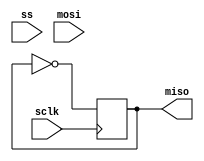
module amc7823_sim (
	input ss,
	output miso,
	input mosi,
	input sclk
);
// pin    ss is        IO_L18N_T2_32 bank  32 bus_digitizer_U15[2]       AB20
// pin  miso is        IO_L18P_T2_32 bank  32 bus_digitizer_U15[1]       AB19
// pin  mosi is        IO_L23N_T3_32 bank  32 bus_digitizer_U18[3]        V19
// pin  sclk is        IO_L17N_T2_34 bank  34 bus_digitizer_U18[4]         Y5
reg value=0;
always @(posedge sclk) begin
	value <= ~value;
end
assign miso=value;

endmodule